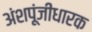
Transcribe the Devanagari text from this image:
अंशपूंजीधारक